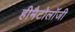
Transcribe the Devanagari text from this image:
हीमैटोलॉजी